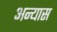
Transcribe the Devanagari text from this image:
अन्यास